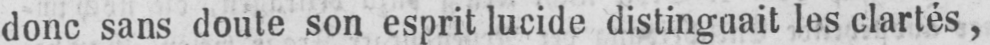
donc sans doute son esprit lucide distinguait les clartés,